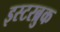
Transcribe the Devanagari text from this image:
इस्टरब्रुक